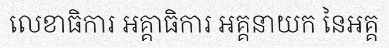
លេខាធិការ អគ្គាធិការ អគ្គនាយក នៃអគ្គ